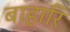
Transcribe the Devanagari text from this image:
बाहारि